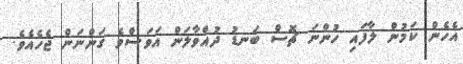
އެހެން ކަމުން ލާފައި ހުންނަ ޗޮސް ބަނޑު ދުއްވާލަން އަވަސްވެ ގަންނަން ޖެހެއެވެ.